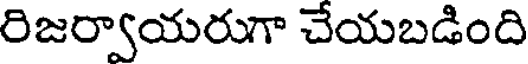
రిజర్వాయరుగా చేయబడింది